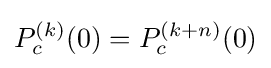
P_{c}^{(k)}(0)=P_{c}^{(k+n)}(0)